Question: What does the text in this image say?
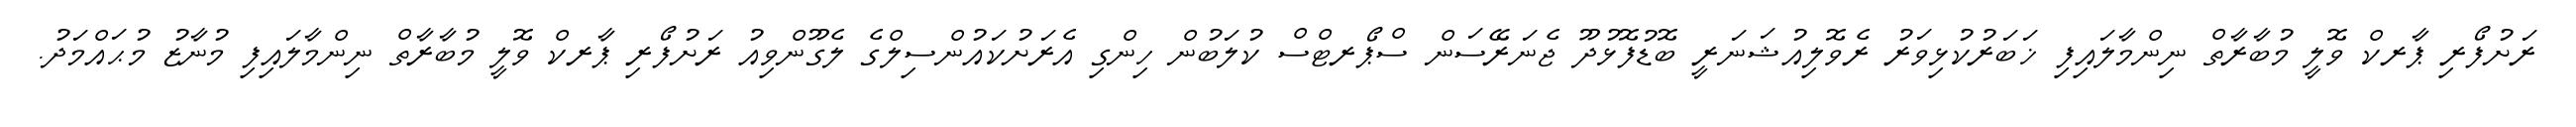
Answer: ރަށުފޯރި ޕާރކް ވޮލީ މުބާރާތް ނިންމާލައިފި ޚަބަރުކުޅިވަރު ރެވޮލިއުޝަނަރީ ބޮޑުފޮޅުދޫ ޖެނަރޭސަން ސްޕޯރޓްސް ކުލަބުން ހިންގި އެރަށުކައުންސިލްގެ ލެގޫންވިއު ރަށުފޯރި ޕާރކް ވޮލީ މުބާރާތް ނިންމާލައިފި މުނާޒު މުޙައްމަދު.